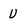
Character: U